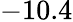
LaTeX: -10.4